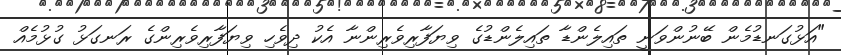
"އަޅުގަނޑުމެން ބޭނުންވަނީ ތައިލެންޑާ ތައިލެންޑުގެ ވިޔަފާރިވެރިންނާ އެކު ދިވެހި ވިޔަފާރިވެރިންގެ ރަނގަޅު ގުޅުމެއް